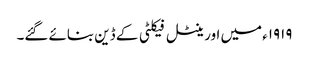
١٩١٩ء میں اورینٹل فیکلٹی کے ڈین بنائے گئے۔